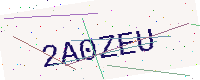
Text: 2A0ZEU